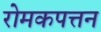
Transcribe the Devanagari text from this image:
रोमकपत्तन